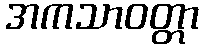
အကသာဝတ္တာ